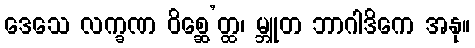
ဒေသေ လက္ခဏ ဝိစ္ဆေ’တ္ထ၊ မ္ဘူတ ဘာဂါဒိကေ အနု။